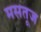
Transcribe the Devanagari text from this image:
मसतूज